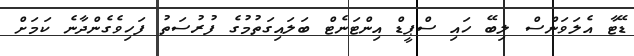
ޑޭޓާ އެލަވަންސް ލިބޭ ހައި ސްޕީޑް އިންޓަނެޓް ބަލައިގަތުމުގެ ފުރުސަތު ފަހިވެގެންދާނެ ކަމަށް